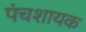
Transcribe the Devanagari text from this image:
पंचशायक